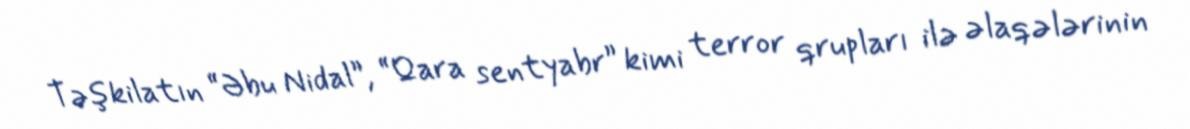
Təşkilatın “Əbu Nidal”, “Qara sentyabr” kimi terror qrupları ilə əlaqələrinin